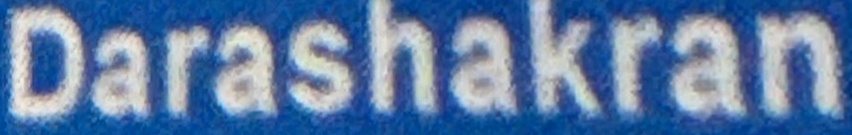
Darashakran